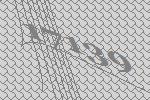
17139